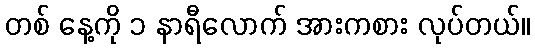
တစ် နေ့ကို ၁ နာရီလောက် အားကစား လုပ်တယ်။